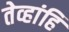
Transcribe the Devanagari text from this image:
तेव्हांहि